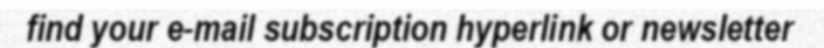
find your e-mail subscription hyperlink or newsletter